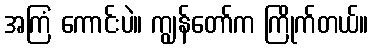
အကြံ ကောင်းပဲ။ ကျွန်တော်က ကြိုက်တယ်။